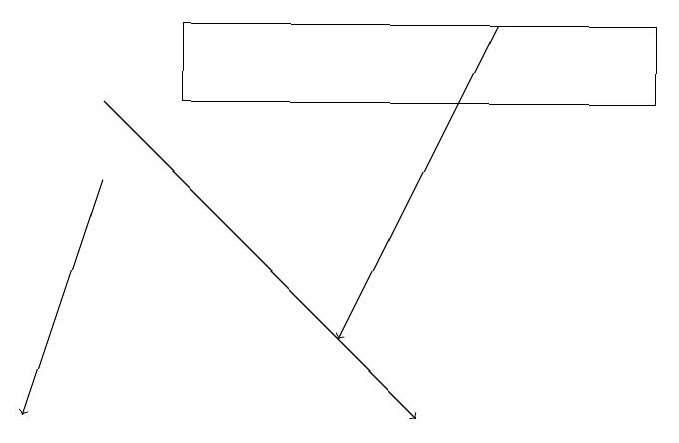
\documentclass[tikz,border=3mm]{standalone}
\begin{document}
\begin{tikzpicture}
\draw (3,18) rectangle (9,17);
\draw[->] (2,16) -- (1,13);
\draw[->] (2,17) -- (6,13);
\draw[->] (7,18) -- (5,14);
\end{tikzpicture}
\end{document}